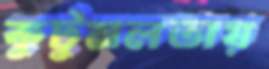
কুটুমলতায়